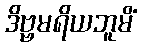
ဒိဗ္ဗမရိယဘူမိံ